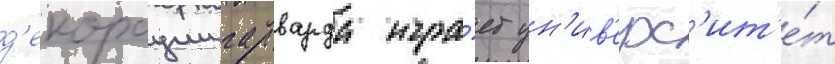
д'екорации гарварда игра́ет ун'ив'ерс'ит'е́т